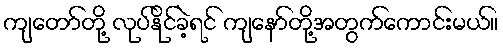
ကျတော်တို့ လုပ်နိုင်ခဲ့ရင် ကျနော်တို့အတွက်ကောင်းမယ်။